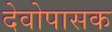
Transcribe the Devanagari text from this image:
देवोपासक